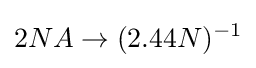
2NA\rightarrow (2.44N)^{-1}